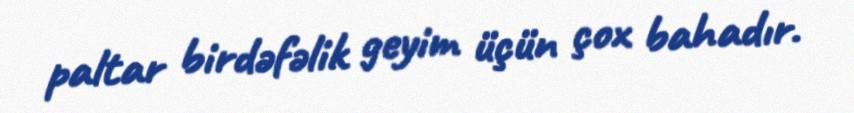
paltar birdəfəlik geyim üçün çox bahadır.